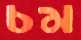
চম